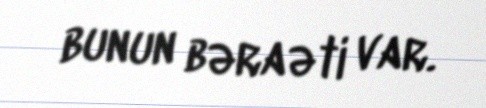
bunun bəraəti var.